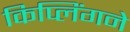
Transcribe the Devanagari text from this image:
किप्लिंगने